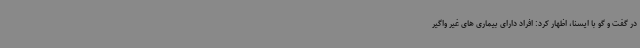
در گفت و گو با ایسنا، اظهار کرد: افراد دارای بیماری های غیر واگیر